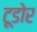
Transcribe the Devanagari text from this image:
टूडोर